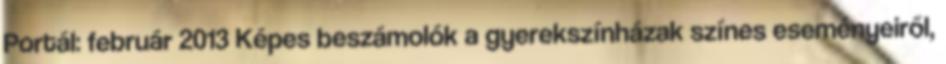
Portál: február 2013 Képes beszámolók a gyerekszínházak színes eseményeiről,